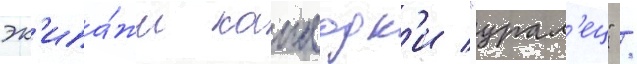
эк'ипа́жи канлодк'и "урал'ец" /